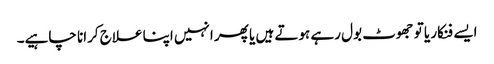
ایسے فنکار یا تو جھوٹ بول رہے ہوتے ہیں یا پھر انہیں اپنا علاج کرانا چاہیے۔